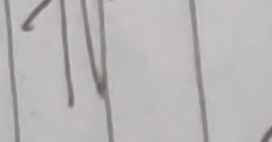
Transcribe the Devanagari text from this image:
१